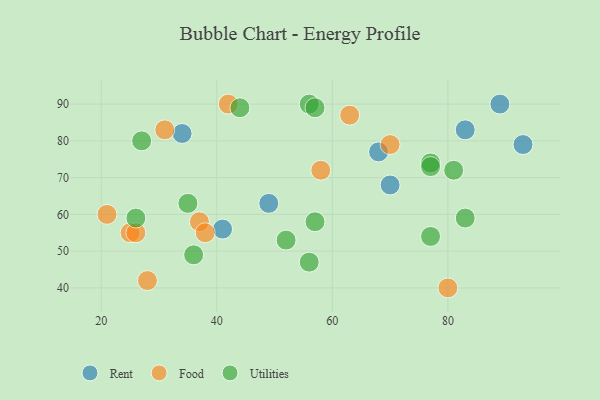
{"axis": {"x": "GDP", "y": "Life Expectancy"}, "legend": ["Food", "Rent", "Utilities"], "data": [{"x": "93", "y": 79, "type": "Rent"}, {"x": "41", "y": 56, "type": "Rent"}, {"x": "49", "y": 63, "type": "Rent"}, {"x": "68", "y": 77, "type": "Rent"}, {"x": "83", "y": 83, "type": "Rent"}, {"x": "89", "y": 90, "type": "Rent"}, {"x": "70", "y": 68, "type": "Rent"}, {"x": "34", "y": 82, "type": "Rent"}, {"x": "37", "y": 58, "type": "Food"}, {"x": "70", "y": 79, "type": "Food"}, {"x": "80", "y": 40, "type": "Food"}, {"x": "25", "y": 55, "type": "Food"}, {"x": "58", "y": 72, "type": "Food"}, {"x": "42", "y": 90, "type": "Food"}, {"x": "31", "y": 83, "type": "Food"}, {"x": "38", "y": 55, "type": "Food"}, {"x": "26", "y": 55, "type": "Food"}, {"x": "28", "y": 42, "type": "Food"}, {"x": "21", "y": 60, "type": "Food"}, {"x": "63", "y": 87, "type": "Food"}, {"x": "77", "y": 74, "type": "Utilities"}, {"x": "56", "y": 90, "type": "Utilities"}, {"x": "57", "y": 58, "type": "Utilities"}, {"x": "83", "y": 59, "type": "Utilities"}, {"x": "56", "y": 47, "type": "Utilities"}, {"x": "26", "y": 59, "type": "Utilities"}, {"x": "77", "y": 54, "type": "Utilities"}, {"x": "77", "y": 73, "type": "Utilities"}, {"x": "52", "y": 53, "type": "Utilities"}, {"x": "81", "y": 72, "type": "Utilities"}, {"x": "57", "y": 89, "type": "Utilities"}, {"x": "44", "y": 89, "type": "Utilities"}, {"x": "27", "y": 80, "type": "Utilities"}, {"x": "35", "y": 63, "type": "Utilities"}, {"x": "36", "y": 49, "type": "Utilities"}]}